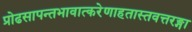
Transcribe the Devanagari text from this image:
प्रोढसापन्तभावात्करेणाहतास्तवत्तरङ्गा